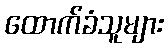
ထောက်ခံသူများ